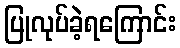
ပြုလုပ်ခဲ့ရကြောင်း